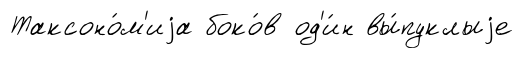
Таксоно́м'иjа боко́в од'и́н вы́пуклыjе